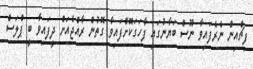
ފިޗްއިން ނެރެފައިވާ ނޫސް ބަޔާނުގައި ފާހަގަކޮށްފައިވާ ގޮތުން ރާއްޖެއަށް ދީފައިވާ ބީ ޕްލަސް